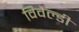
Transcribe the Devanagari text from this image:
विवैल्डी